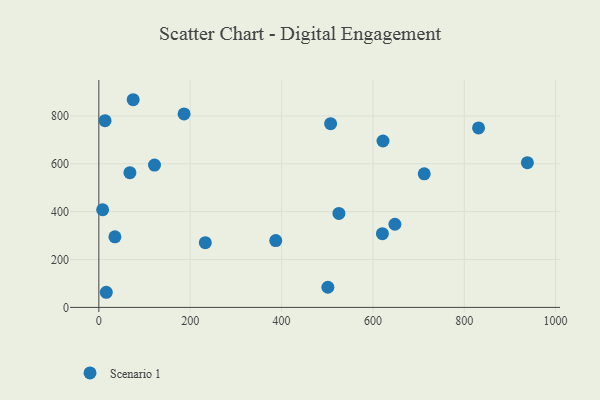
{"axis": {"x": "Speed", "y": "Yield"}, "legend": ["Scenario 1"], "data": [{"x": "13.6", "y": 779.9, "type": "Scenario 1"}, {"x": "8.3", "y": 408.0, "type": "Scenario 1"}, {"x": "938.2", "y": 604.6, "type": "Scenario 1"}, {"x": "712.4", "y": 558.2, "type": "Scenario 1"}, {"x": "620.8", "y": 307.8, "type": "Scenario 1"}, {"x": "501.4", "y": 84.1, "type": "Scenario 1"}, {"x": "648.2", "y": 347.3, "type": "Scenario 1"}, {"x": "35.2", "y": 294.7, "type": "Scenario 1"}, {"x": "233.1", "y": 270.5, "type": "Scenario 1"}, {"x": "387.3", "y": 279.1, "type": "Scenario 1"}, {"x": "622.1", "y": 695.2, "type": "Scenario 1"}, {"x": "831.3", "y": 750.0, "type": "Scenario 1"}, {"x": "68.0", "y": 563.0, "type": "Scenario 1"}, {"x": "75.2", "y": 867.6, "type": "Scenario 1"}, {"x": "525.6", "y": 392.5, "type": "Scenario 1"}, {"x": "121.9", "y": 594.5, "type": "Scenario 1"}, {"x": "16.3", "y": 63.2, "type": "Scenario 1"}, {"x": "186.6", "y": 808.3, "type": "Scenario 1"}, {"x": "507.4", "y": 767.7, "type": "Scenario 1"}]}